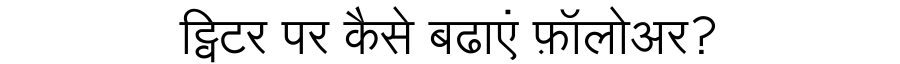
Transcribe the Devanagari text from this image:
ट्विटर पर कैसे बढाएं फ़ॉलोअर?